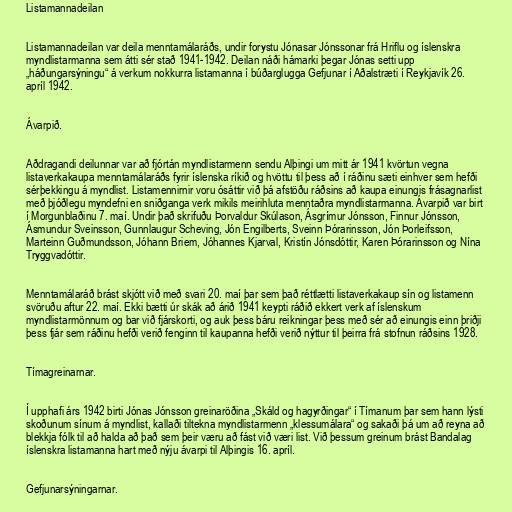
Listamannadeilan

Listamannadeilan var deila menntamálaráðs, undir forystu Jónasar Jónssonar frá Hriflu og íslenskra
myndlistarmanna sem átti sér stað 1941-1942. Deilan náði hámarki þegar Jónas setti upp
„háðungarsýningu“ á verkum nokkurra listamanna í búðarglugga Gefjunar í Aðalstræti í Reykjavík 26.
apríl 1942.

Ávarpið.

Aðdragandi deilunnar var að fjórtán myndlistarmenn sendu Alþingi um mitt ár 1941 kvörtun vegna
listaverkakaupa menntamálaráðs fyrir íslenska ríkið og hvöttu til þess að í ráðinu sæti einhver sem hefði
sérþekkingu á myndlist. Listamennirnir voru ósáttir við þá afstöðu ráðsins að kaupa einungis frásagnarlist
með þjóðlegu myndefni en sniðganga verk mikils meirihluta menntaðra myndlistarmanna. Ávarpið var birt
í Morgunblaðinu 7. maí. Undir það skrifuðu Þorvaldur Skúlason, Ásgrímur Jónsson, Finnur Jónsson,
Ásmundur Sveinsson, Gunnlaugur Scheving, Jón Engilberts, Sveinn Þórarinsson, Jón Þorleifsson,
Marteinn Guðmundsson, Jóhann Briem, Jóhannes Kjarval, Kristín Jónsdóttir, Karen Þórarinsson og Nína
Tryggvadóttir.

Menntamálaráð brást skjótt við með svari 20. maí þar sem það réttlætti listaverkakaup sín og listamenn
svöruðu aftur 22. maí. Ekki bætti úr skák að árið 1941 keypti ráðið ekkert verk af íslenskum
myndlistarmönnum og bar við fjárskorti, og auk þess báru reikningar þess með sér að einungis einn þriðji
þess fjár sem ráðinu hefði verið fenginn til kaupanna hefði verið nýttur til þeirra frá stofnun ráðsins 1928.

Tímagreinarnar.

Í upphafi árs 1942 birti Jónas Jónsson greinaröðina „Skáld og hagyrðingar“ í Tímanum þar sem hann lýsti
skoðunum sínum á myndlist, kallaði tiltekna myndlistarmenn „klessumálara“ og sakaði þá um að reyna að
blekkja fólk til að halda að það sem þeir væru að fást við væri list. Við þessum greinum brást Bandalag
íslenskra listamanna hart með nýju ávarpi til Alþingis 16. apríl.

Gefjunarsýningarnar.